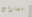
مسارات